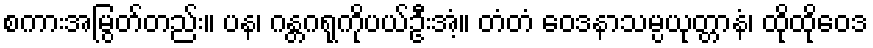
စကားအမြွတ်တည်း။ ပန၊ ဂန္တဂရုကိုပယ်ဦးအံ့။ တံတံ ဝေဒနာသမ္ပယုတ္တာနံ၊ ထိုထိုဝေဒ